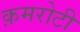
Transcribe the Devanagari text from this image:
क़मरोटी